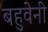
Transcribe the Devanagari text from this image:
बहुवेनी